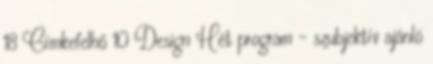
18 Címkefelhő 10 Design Hét program - szubjektív ajánló